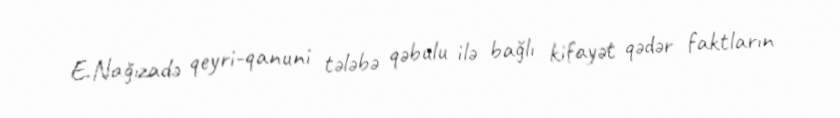
E.Nağızadə qeyri-qanuni tələbə qəbulu ilə bağlı kifayət qədər faktların